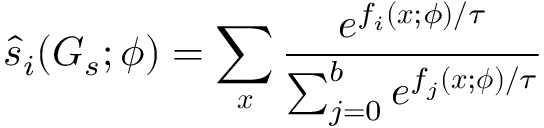
\hat { s } _ { i } ( G _ { s } ; \boldsymbol { \phi } ) = \sum _ { \boldsymbol { x } } \frac { e ^ { f _ { i } ( \boldsymbol { x } ; \phi ) / \tau } } { \sum _ { j = 0 } ^ { b } e ^ { f _ { j } ( \boldsymbol { x } ; \boldsymbol { \phi } ) / \tau } }